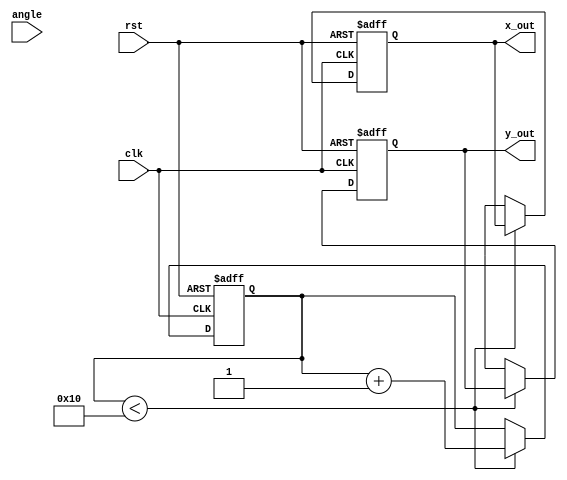
module cordic(
    input wire clk,
    input wire rst,
    input wire [31:0] angle, // Input angle in fixed-point format
    output reg [31:0] x_out,  // Output x (cosine)
    output reg [31:0] y_out   // Output y (sine)
);

    parameter NUM_ITERATIONS = 16; // Number of iterations for CORDIC
    parameter FIXED_POINT_WIDTH = 32; // Width for fixed-point representation
    parameter ANGLE_LUT_WIDTH = 32; // Width for angle lookup table
    parameter K_CONST = 32'h26DD3B6A; // K constant for normalization (approx. 0.607)

    // Angle lookup table for arctan(1/2^i)
    reg [ANGLE_LUT_WIDTH-1:0] atan_lut[0:NUM_ITERATIONS-1];
    initial begin
        atan_lut[0] = 32'h00000000; // atan(1) = 0
        atan_lut[1] = 32'h3F19999A; // atan(0.5) = pi/6
        atan_lut[2] = 32'h3E4CCCCD; // atan(0.25) = pi/12
        atan_lut[3] = 32'h3D89FCE8; // atan(0.125) = pi/24
        // Populate the rest of the lookup table as needed
        // ...
    end

    reg [FIXED_POINT_WIDTH-1:0] x[0:NUM_ITERATIONS-1];
    reg [FIXED_POINT_WIDTH-1:0] y[0:NUM_ITERATIONS-1];
    reg [ANGLE_LUT_WIDTH-1:0] angle_accum;
    reg [5:0] iteration;

    always @(posedge clk or posedge rst) begin
        if (rst) begin
            x[0] <= K_CONST; // Initialize x to K constant
            y[0] <= 32'h00000000; // Initialize y to 0
            angle_accum <= 32'h00000000; // Initialize angle accumulation
            iteration <= 0; // Reset iteration counter
            x_out <= 0;
            y_out <= 0;
        end else if (iteration < NUM_ITERATIONS) begin
            // Determine direction of rotation
            if (angle_accum < angle) begin
                x[iteration + 1] <= x[iteration] - (y[iteration] >> iteration);
                y[iteration + 1] <= y[iteration] + (x[iteration] >> iteration);
                angle_accum <= angle_accum + atan_lut[iteration];
            end else begin
                x[iteration + 1] <= x[iteration] + (y[iteration] >> iteration);
                y[iteration + 1] <= y[iteration] - (x[iteration] >> iteration);
                angle_accum <= angle_accum - atan_lut[iteration];
            end
            iteration <= iteration + 1;
        end else begin
            // Output the final results
            x_out <= x[NUM_ITERATIONS];
            y_out <= y[NUM_ITERATIONS];
        end
    end

endmodule